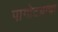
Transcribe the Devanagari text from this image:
पागोटय़ाचा